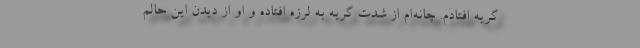
گریه افتادم. چانه‌ام از شدت گریه به لرزه افتاده و او از دیدن این حالم